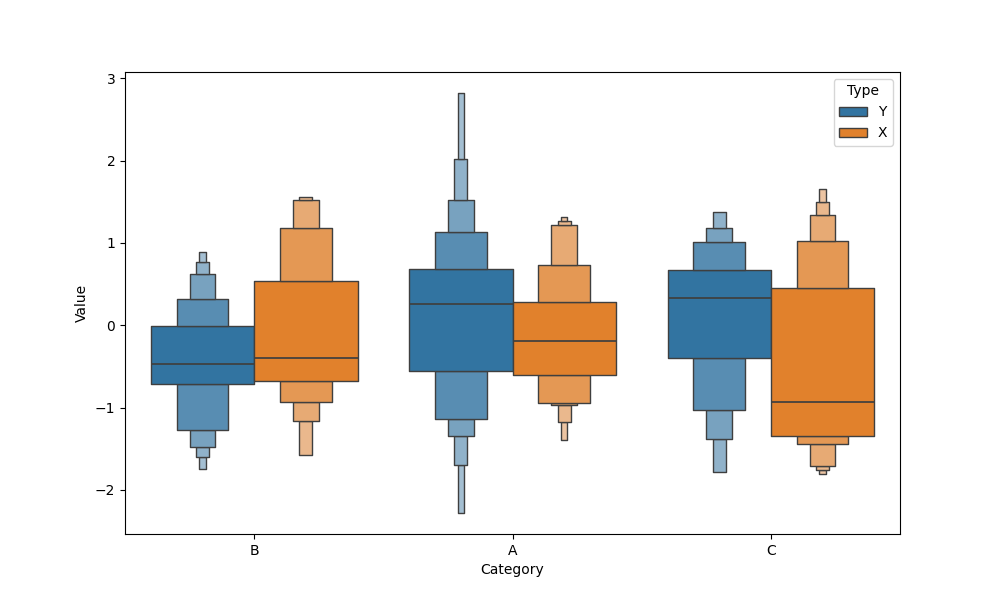
python, seaborn, boxenplot, k_depth='full', linewidth=1, scale='exponential', outlier_prop=0.2, showfliers=False